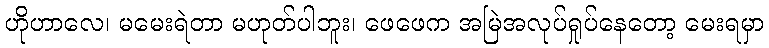
ဟိုဟာလေ၊ မမေးရဲတာ မဟုတ်ပါဘူး၊ ဖေဖေက အမြဲအလုပ်ရှုပ်နေတော့ မေးရမှာ